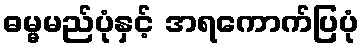
ဓမ္မမည်ပုံနှင့် အရကောက်ပြပုံ